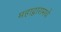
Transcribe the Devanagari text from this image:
महाद्वारामधे